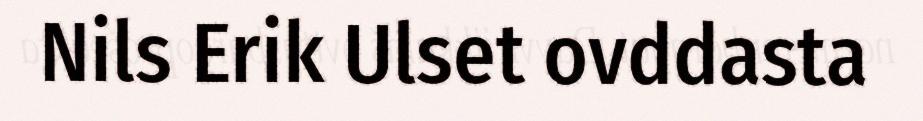
Nils Erik Ulset ovddasta